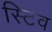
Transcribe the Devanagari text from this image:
स्टिव